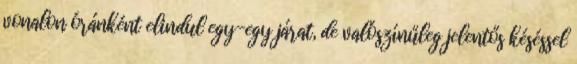
vonalon óránként elindul egy-egy járat, de valószínűleg jelentős késéssel